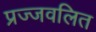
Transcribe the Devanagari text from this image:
प्रज्‍जवलित